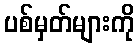
ပစ်မှတ်များကို